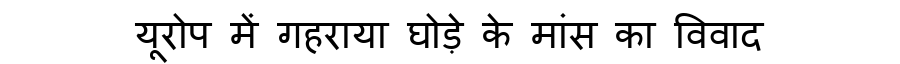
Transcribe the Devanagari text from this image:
यूरोप में गहराया घोड़े के मांस का विवाद